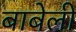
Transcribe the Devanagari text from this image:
बाबेली